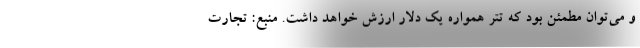
و می‌توان مطمئن بود که تتر همواره یک دلار ارزش خواهد داشت. منبع: تجارت